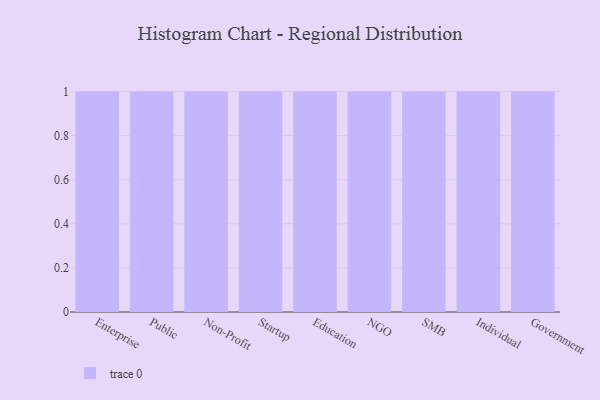
{"axis": {"x": "Segment", "y": "Churn Rate (%)"}, "legend": [""], "data": [{"x": "Enterprise", "y": 63, "type": ""}, {"x": "Public", "y": 63, "type": ""}, {"x": "Non-Profit", "y": 58, "type": ""}, {"x": "Startup", "y": 77, "type": ""}, {"x": "Education", "y": 54, "type": ""}, {"x": "NGO", "y": 42, "type": ""}, {"x": "SMB", "y": 49, "type": ""}, {"x": "Individual", "y": 76, "type": ""}, {"x": "Government", "y": 84, "type": ""}]}